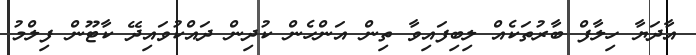
އާދަޔާ ހިލާފް ބާރުތަކެއް ލިބިފައިވާ ތިން އަންހެން ކުދިން ދައްކުވައިިދޭ ކާޓޫން ފިލްމު